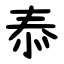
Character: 㤗